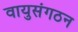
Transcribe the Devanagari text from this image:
वायुसंगठन